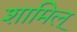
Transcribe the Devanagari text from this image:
शामिल्